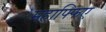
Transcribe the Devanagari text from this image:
महाफ्फिए